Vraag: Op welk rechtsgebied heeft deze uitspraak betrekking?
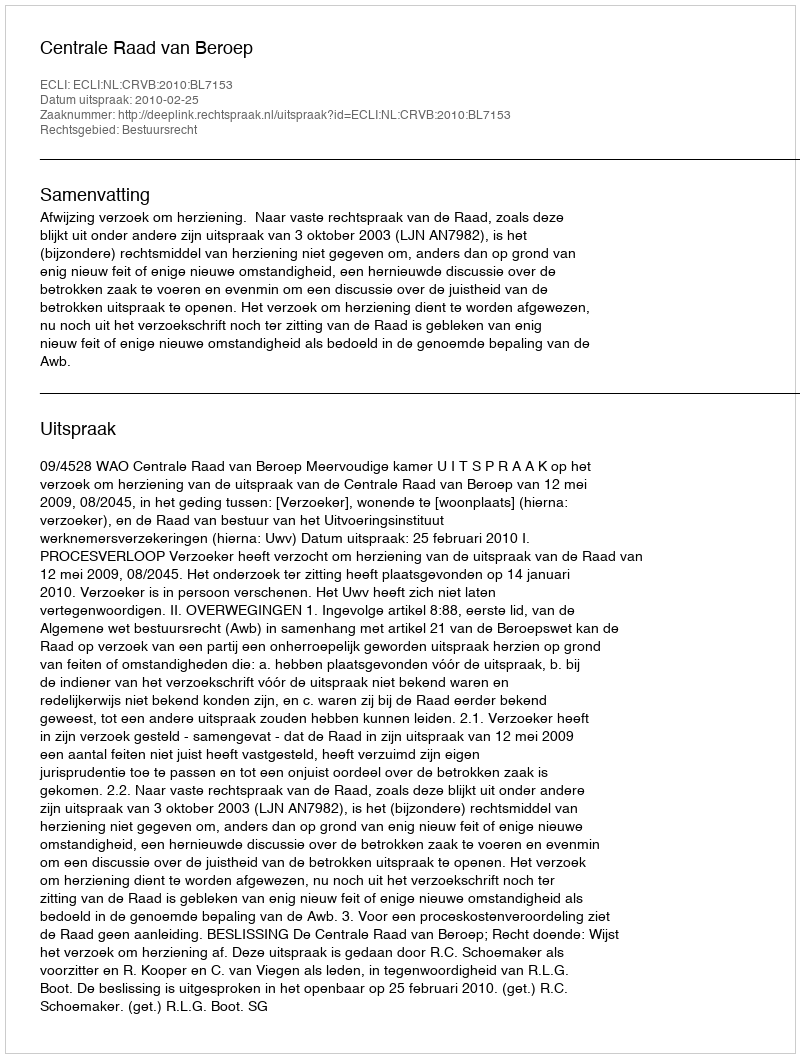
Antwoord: Bestuursrecht